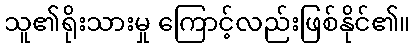
သူ၏ရိုးသားမှု ကြောင့်လည်းဖြစ်နိုင်၏။